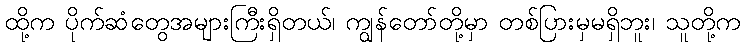
ထို့က ပိုက်ဆံတွေအများကြီးရှိတယ်၊ ကျွန်တော်တို့မှာ တစ်ပြားမှမရှိဘူး၊ သူတို့က